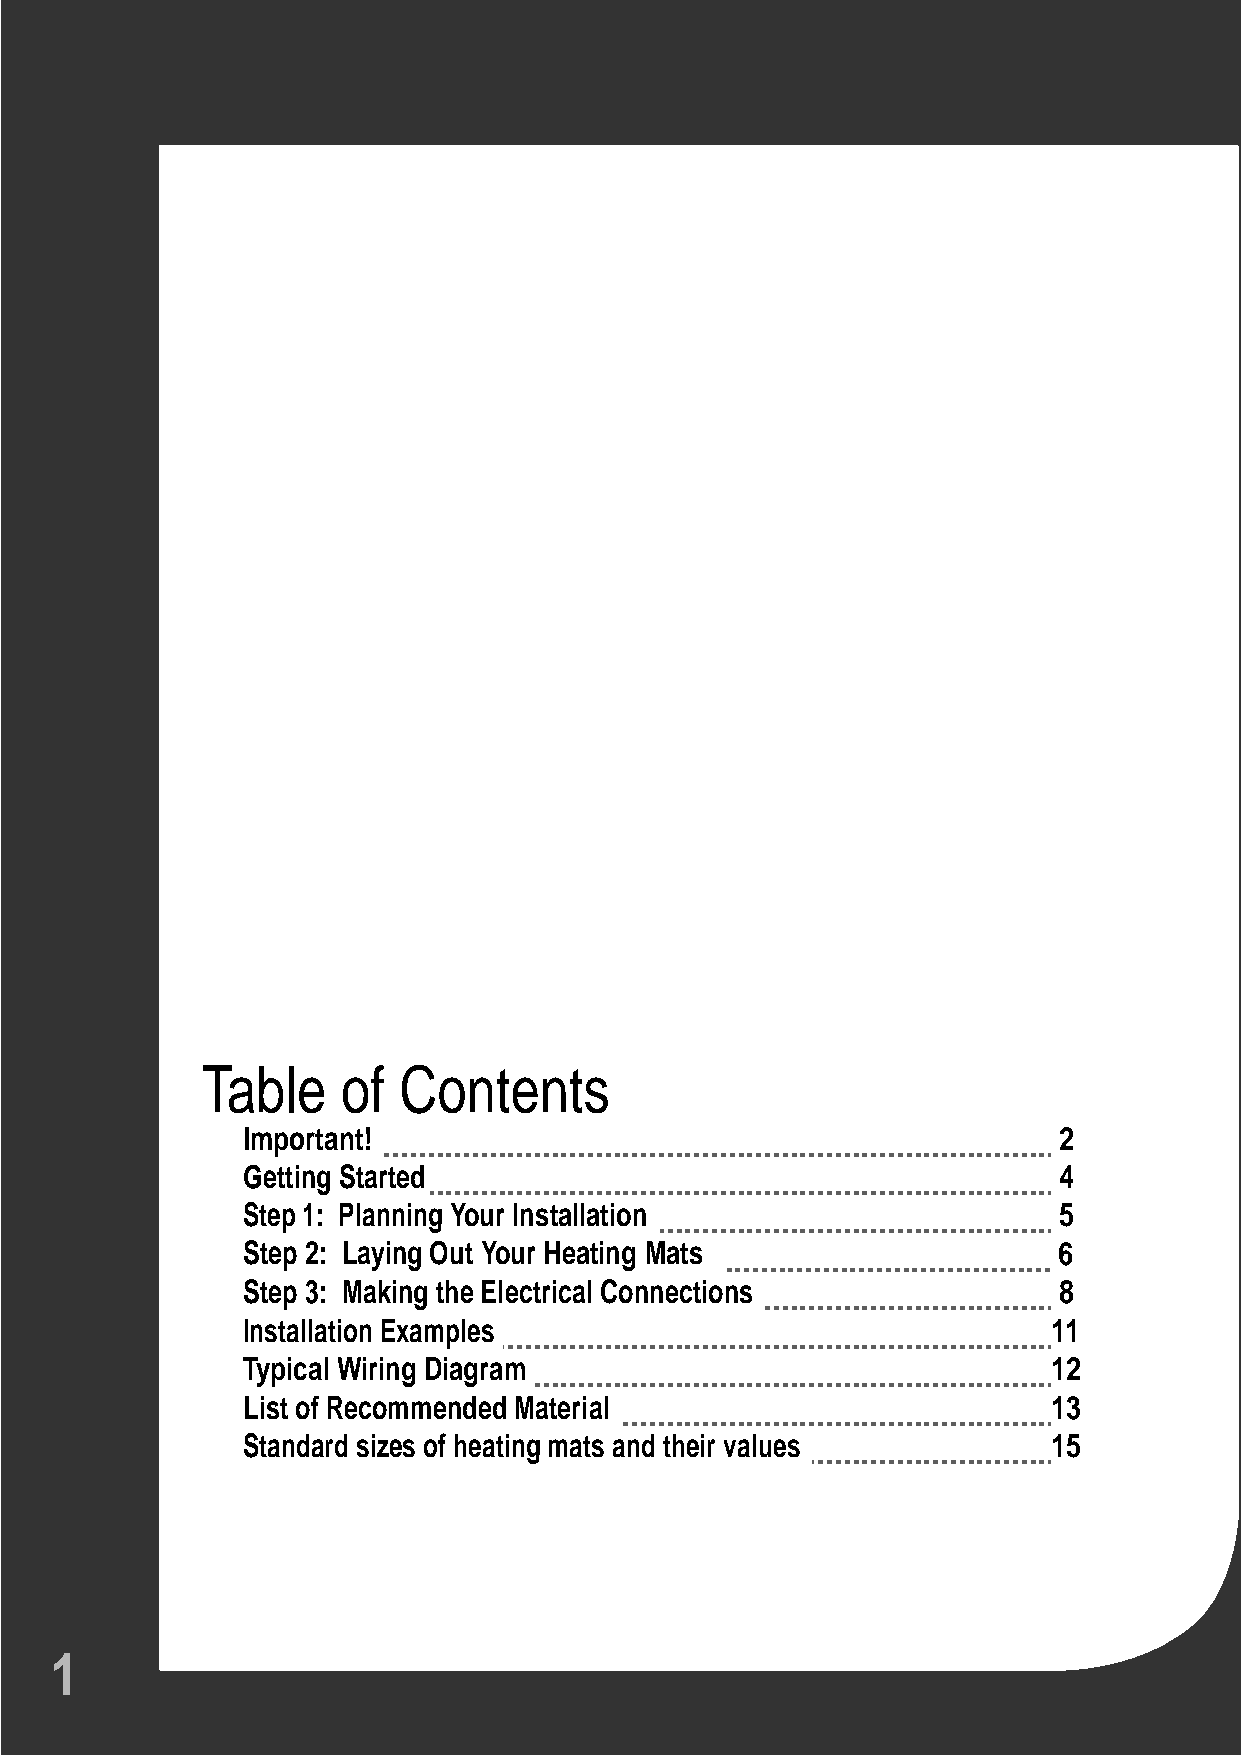
Table     of Contents
 Important!                                            2
 Getting Started                                       4
 Step 1: Planning Your Installation                    5
 Step 2: Laying Out Your Heating Mats                  6
 Step 3: Making the Electrical Connections             8
 Installation Examples                                 11
 Typical Wiring Diagram                                12
 List of Recommended Material                          13
 Standard sizes of heating mats and their values       15
 1